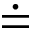
\doteq